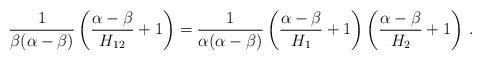
LaTeX: \begin{align*}\frac {1}{\beta(\alpha-\beta)} \left( \frac {\alpha-\beta}{H_{12}} + 1\right) = \frac {1}{\alpha(\alpha-\beta)} \left( \frac {\alpha-\beta}{H_1} + 1\right) \left( \frac {\alpha-\beta}{H_2} + 1\right)\,.\end{align*}